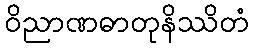
ဝိညာဏဓာတုနိဿိတံ